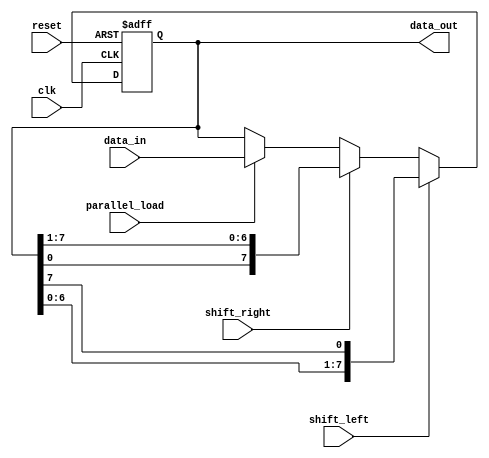
module UniversalShiftRegister (
    input wire clk,
    input wire reset,
    input wire shift_left,
    input wire shift_right,
    input wire parallel_load,
    input wire [7:0] data_in,
    output reg [7:0] data_out
);

reg [7:0] shift_reg;

always @(posedge clk or posedge reset) begin
    if (reset) begin
        shift_reg <= 8'b0;
    end else begin
        if (shift_left) begin
            shift_reg <= {shift_reg[6:0], shift_reg[7]};
        end else if (shift_right) begin
            shift_reg <= {shift_reg[0], shift_reg[7:1]};
        end else if (parallel_load) begin
            shift_reg <= data_in;
        end
    end
end

assign data_out = shift_reg;

endmodule